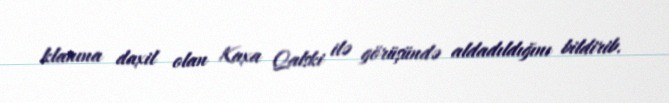
klanına daxil olan Kaxa Qalski ilə görüşündə aldadıldığını bildirib.